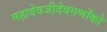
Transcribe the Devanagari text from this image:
महादेवजीदेवगणोंको